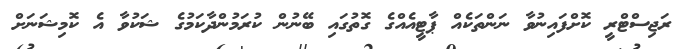
ރަޖިސްޓްރީ ކޮށްފައިނުވާ ނަންތަކެއް ޕާޓީއެއްގެ ގޮތުގައި ބޭނުން ކުރަމުންދާކަމުގެ ޝަކުވާ އެ ކޮމިޝަނަށް